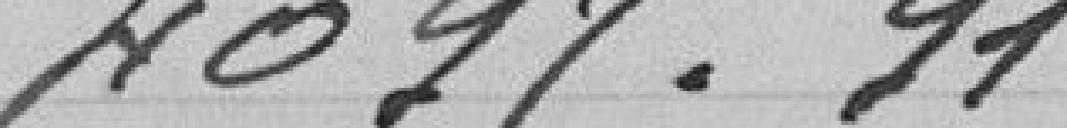
4097,91